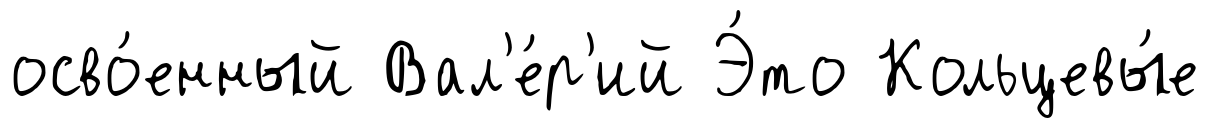
осво́енный Вал'е́р'ий Э́то Кольцевы́е